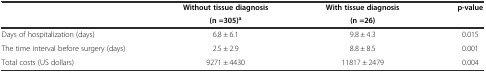
<table><thead><tr><td rowspan="2"></td><td><b>Without tissue diagnosis</b></td><td><b>With tissue diagnosis</b></td><td rowspan="2"><b>p-value</b></td></tr><tr><td><b>(n =305)<sup>a</sup></b></td><td><b>(n =26)</b></td></tr></thead><tbody><tr><td>Days of hospitalization (days)</td><td>6.8 ± 6.1</td><td>9.8 ± 4.3</td><td>0.015</td></tr><tr><td>The time interval before surgery (days)</td><td>2.5 ± 2.9</td><td>8.8 ± 8.5</td><td>0.001</td></tr><tr><td>Total costs (US dollars)</td><td>9271 ± 4430</td><td>11817 ± 2479</td><td>0.004</td></tr></tbody></table>